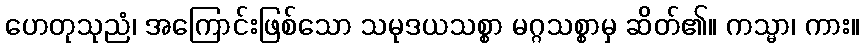
ဟေတုသုညံ၊ အကြောင်းဖြစ်သော သမုဒယသစ္စာ မဂ္ဂသစ္စာမှ ဆိတ်၏။ ကသ္မာ၊ ကား။